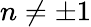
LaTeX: n\neq\pm 1